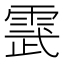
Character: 𮦔